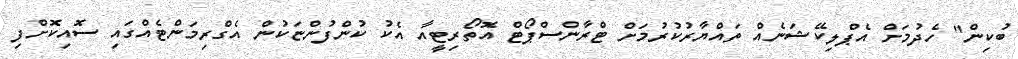
ބުކިން" ހެދުމަށް އެޕްލިކޭޝަނެއް ތައްޔާރުކުރުމަށް ޓްރާންސްޕޯޓް އޮތޯރިޓީއާ އެކު ކުންފުންޏަކުން އެގްރިމަންޓެއްގައި ސޮއިކޮށްފި